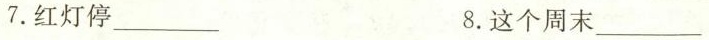
7.红灯停___ 8.这个周末___